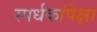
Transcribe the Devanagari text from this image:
स्पर्धकांपेक्षा